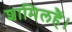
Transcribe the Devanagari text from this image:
शामिलहैं।